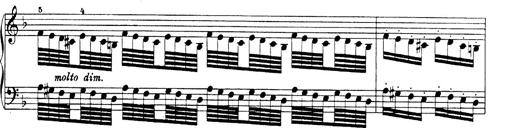
Title: Hungarian Rhapsody No.19
Composer: Franz Liszt
Key: D minor